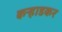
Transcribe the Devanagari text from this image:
कऱ्हाडकर